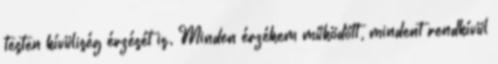
testen kívüliség érzését is. Minden érzékem működött, mindent rendkívül